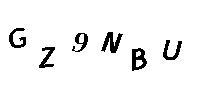
GZ9NBU